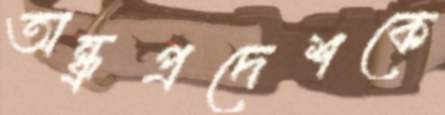
অন্ধ্রপ্রদেশকে